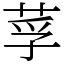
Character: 莩